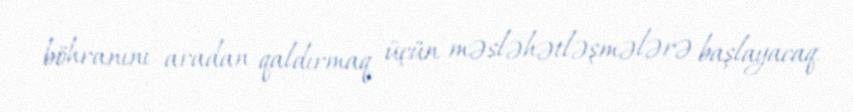
böhranını aradan qaldırmaq üçün məsləhətləşmələrə başlayacaq.